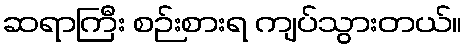
ဆရာကြီး စဉ်းစားရ ကျပ်သွားတယ်။